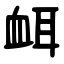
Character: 衈